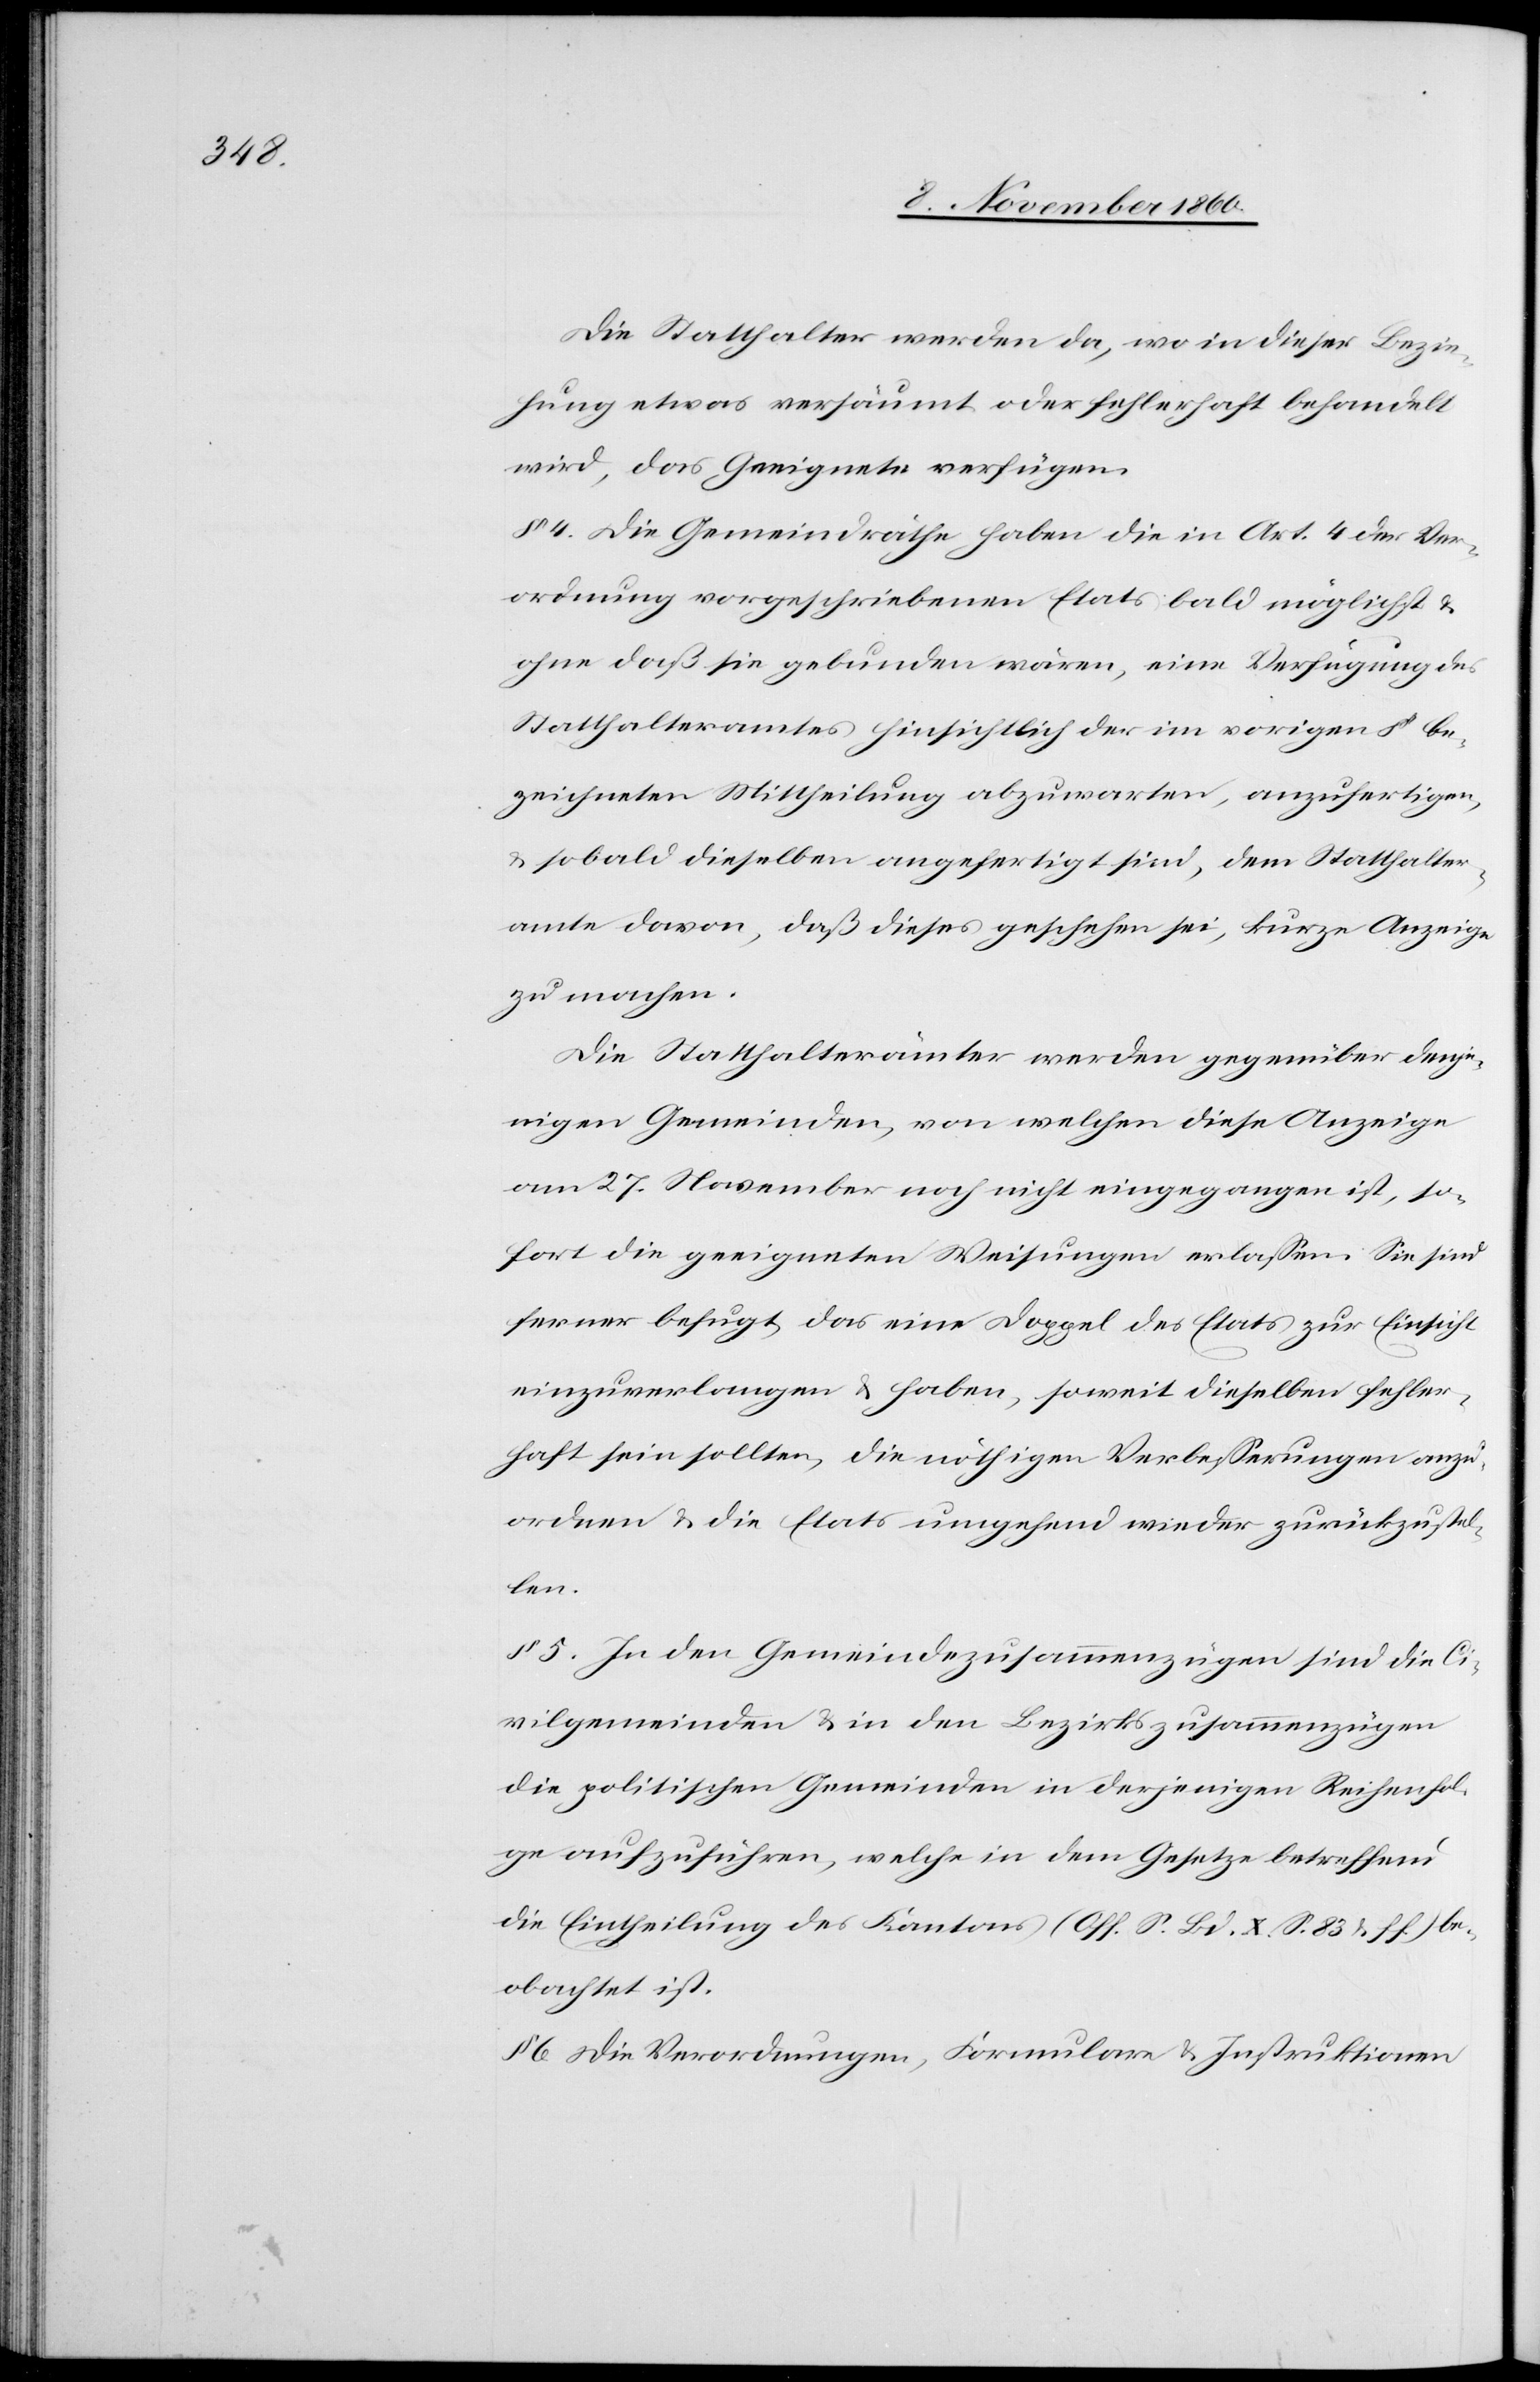
Die Statthalter werden da, wo in dieser Bezie¬
hung etwas versäumt oder fehlerhaft behandelt
wird, das Geeignete verfügen.
4 Die Gemeindräthe haben die in Art. 4 der Ver¬
ordnung vorgeschriebenen Etats bald möglichst u.
ohne daß sie gebunden wären, eine Verfügung des
Statthalteramtes hinsichtlich der im vorigen § be¬
zeichneten Mittheilung abzuwarten, anzufertigen,
u. sobald dieselben angefertigt sind, dem Statthalter¬
amte davon, daß dieses geschehen sei, kurze Anzeige
zu machen.
Die Statthalterämter werden gegenüber denje¬
nigen Gemeinden, von welchen diese Anzeige
am 27. November noch nicht eingegangen ist, so¬
fort die geeigneten Weisungen erlassen. Sie sind
ferner befugt, das eine Doppel des Etats zur Einsicht
einzuverlangen u. haben, soweit dieselben fehler¬
haft sein sollten, die nöthigen Verbesserungen anzu¬
ordnen u. die Etats umgehend wieder zurückzustel¬
len.
§ 5. In den Gemeindezusammenzügen sind die Ci¬
vilgemeinden u. in den Bezirkszusammenzügen
die politischen Gemeinden in derjenigen Reihenfol¬
ge aufzuführen, welche in dem Gesetze betreffend
die Eintheilung des Kantons (Off. S. Bd. X. S. 83 u. ff.) be¬
obachtet ist.
6. Die Verordnungen, Formulare u. Instruktionen